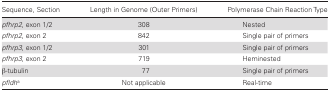
<table><thead><tr><td><b>Sequence, Section</b></td><td><b>Length in Genome (Outer Primers)</b></td><td><b>Polymerase Chain Reaction Type</b></td></tr></thead><tbody><tr><td><i>pfhrp2</i>, exon 1/2</td><td>308</td><td>Nested</td></tr><tr><td><i>pfhrp2</i>, exon 2</td><td>842</td><td>Single pair of primers</td></tr><tr><td><i>pfhrp3</i>, exon 1/2</td><td>301</td><td>Single pair of primers</td></tr><tr><td><i>pfhrp3</i>, exon 2</td><td>719</td><td>Heminested</td></tr><tr><td>β-tubulin</td><td>77</td><td>Single pair of primers</td></tr><tr><td><i>pfldh</i><sup>a</sup></td><td>Not applicable</td><td>Real-time</td></tr></tbody></table>